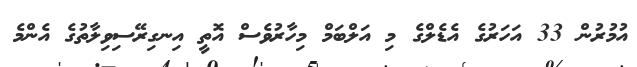
އުމުރުން 33 އަހަރުގެ އެޑެލްގެ މި އަލްބަމް މިހާރުވެސް އޮތީ އިނގިރޭސިވިލާތުގެ އެންމެ